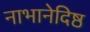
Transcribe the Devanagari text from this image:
नाभानेदिष्ठ